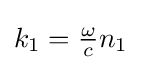
{\textstyle k_{1}={\frac {\omega }{c}}{n_{1}}}